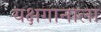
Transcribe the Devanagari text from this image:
यक्षगानाला